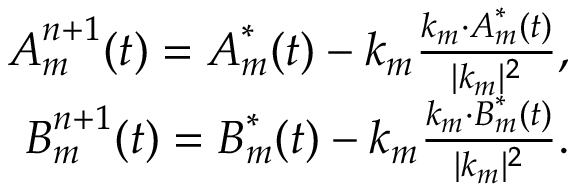
\begin{array} { r } { \boldsymbol { A } _ { m } ^ { n + 1 } ( t ) = \boldsymbol { A } _ { m } ^ { * } ( t ) - \boldsymbol { k } _ { m } \frac { \boldsymbol { k } _ { m } \cdot \boldsymbol { A } _ { m } ^ { * } ( t ) } { \lvert \boldsymbol { k } _ { m } \rvert ^ { 2 } } , } \\ { \boldsymbol { B } _ { m } ^ { n + 1 } ( t ) = \boldsymbol { B } _ { m } ^ { * } ( t ) - \boldsymbol { k } _ { m } \frac { \boldsymbol { k } _ { m } \cdot \boldsymbol { B } _ { m } ^ { * } ( t ) } { \lvert \boldsymbol { k } _ { m } \rvert ^ { 2 } } . } \end{array}